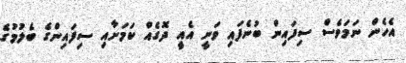
އެހެން ނަމަވެސް ސިފައިން ބުނެފައި ވަނީ އެއީ ދޮގެއް ކަމަށާއި ސިފައިންގެ ބެލުމުގެ